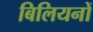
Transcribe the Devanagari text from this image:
बिलियनों